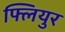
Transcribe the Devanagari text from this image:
फ्लियुर